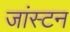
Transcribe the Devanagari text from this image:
जांस्टन